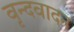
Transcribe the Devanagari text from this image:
वृन्दवादन